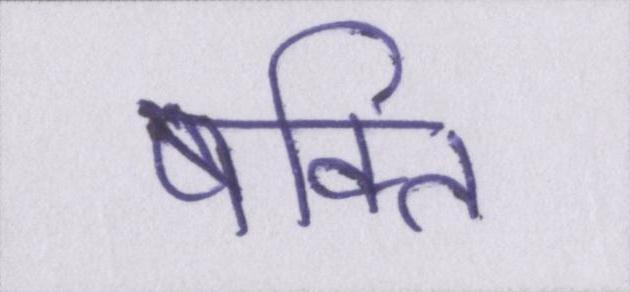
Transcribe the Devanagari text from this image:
षक्ति